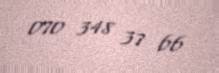
070 348 37 66